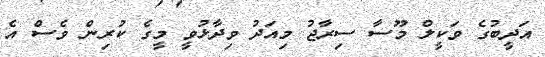
އަދީބުގެ ވަކީލް މޫސާ ސިރާޖު މިއަދު ވިދާޅުވީ މީގެ ކުރިން ވެސް އެ